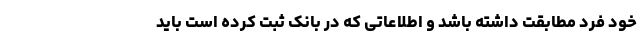
خود فرد مطابقت داشته باشد و اطلاعاتی که در بانک ثبت کرده است باید